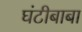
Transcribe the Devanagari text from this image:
घंटीबाबा